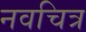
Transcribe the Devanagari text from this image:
नवचित्र